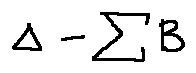
\Delta - \sum B